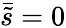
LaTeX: \bar{\tilde{s}}=0